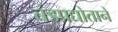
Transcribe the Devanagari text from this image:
चंडप्रद्योताने